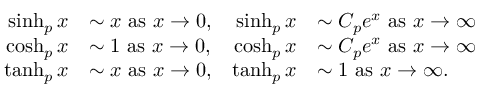
\begin{array} { r l r l } { \sinh _ { p } x } & { \sim x \mathrm { ~ a s ~ } x \rightarrow 0 , } & { \sinh _ { p } x } & { \sim C _ { p } e ^ { x } \mathrm { ~ a s ~ } x \rightarrow \infty } \\ { \cosh _ { p } x } & { \sim 1 \mathrm { ~ a s ~ } x \rightarrow 0 , } & { \cosh _ { p } x } & { \sim C _ { p } e ^ { x } \mathrm { ~ a s ~ } x \rightarrow \infty } \\ { \operatorname { t a n h } _ { p } x } & { \sim x \mathrm { ~ a s ~ } x \rightarrow 0 , } & { \operatorname { t a n h } _ { p } x } & { \sim 1 \mathrm { ~ a s ~ } x \rightarrow \infty . } \end{array}